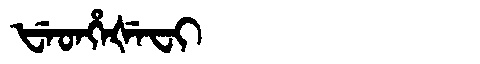
Manchu: ᡶᡝᡨᡥᡝᡧᡝᠸᡳ
Romanization: FETHEŠEFI